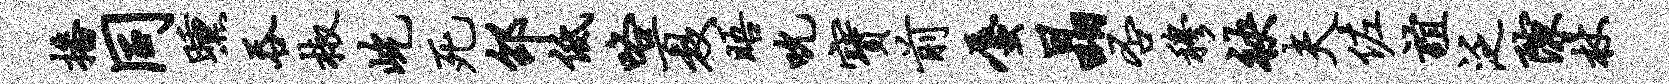
播同曛吞椒屹死邵低咯夏晤吮宝前蜃晶否穆袂夫佐谊泛隙杖